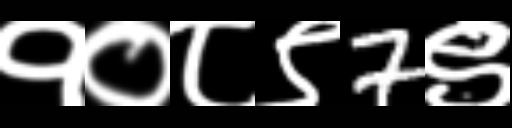
Text: १०८९7९